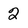
Character: 2